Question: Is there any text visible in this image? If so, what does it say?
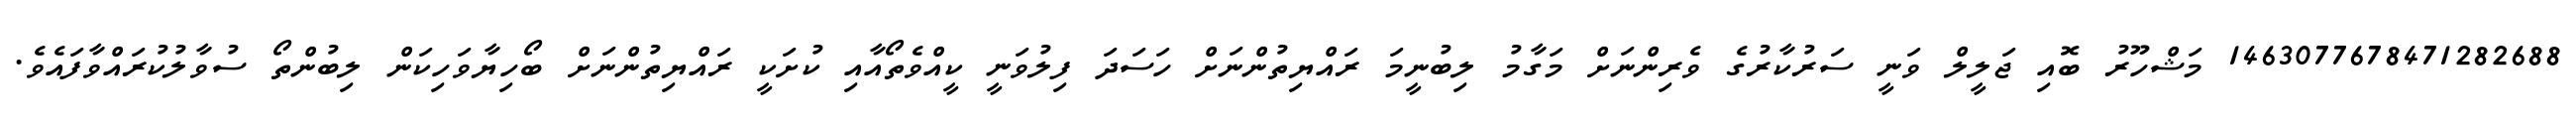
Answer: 1463077678471282688 މަޝްހޫރު ބޮއި ޖަލީލް ވަނީ ސަރުކާރުގެ ވެރިންނަށް މަގާމު ލިބުނީމަ ރައްޔިތުންނަށް ހަސަދަ ފިލުވަނީ ކީއްވެތޯއާއި ކުށަކީ ރައްޔިތުންނަށް ބޯހިޔާވަހިކަން ލިބުންތޯ ސުވާލުކުރައްވާފައެވެ.